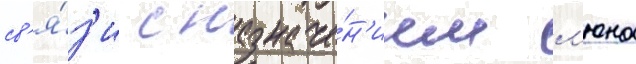
св'я́з'и с назначе́н'ием л'юна